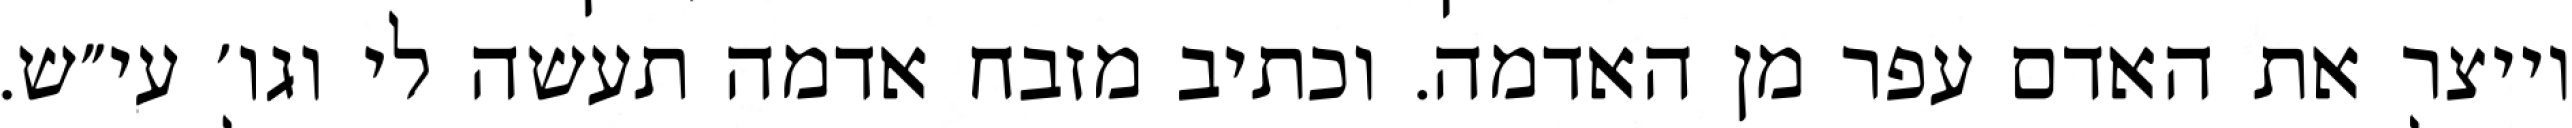
וייצר את האדם עפר מן האדמה. וכתיב מזבח אדמה תעשה לי וגו׳ עי״ש.